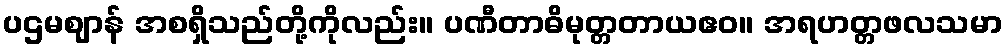
ပဌမဈာန် အစရှိသည်တို့ကိုလည်း။ ပဏီတာဓိမုတ္တတာယဧဝ။ အရဟတ္တဖလသမာ